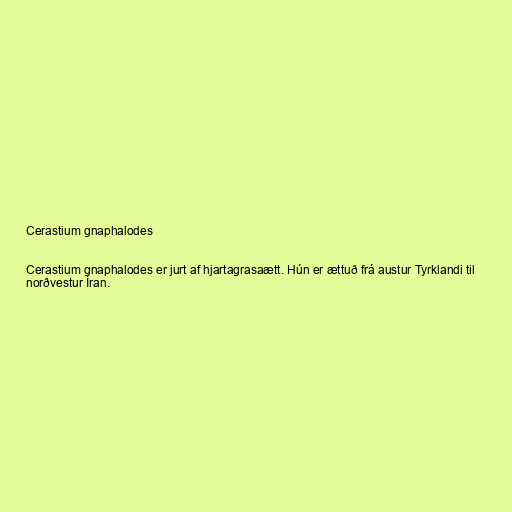
Cerastium gnaphalodes

Cerastium gnaphalodes er jurt af hjartagrasaætt. Hún er ættuð frá austur Tyrklandi til
norðvestur Íran.